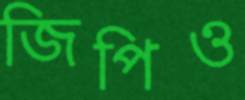
জিপিও